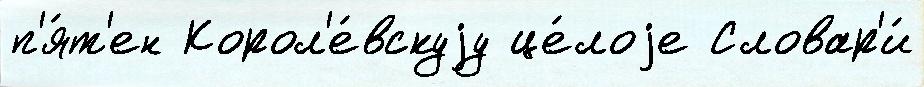
п'я́т'ен Корол'е́вскуjу це́лоjе Словар'и́